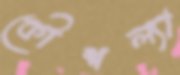
কৌশল্যা